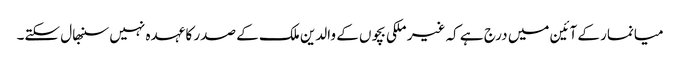
میانمار کے آئین میں درج ہے کہ غیر ملکی بچوں کے والدین ملک کے صدر کا عہدہ نہیں سنبھال سکتے۔